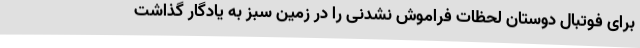
برای فوتبال دوستان لحظات فراموش نشدنی را در زمین سبز به یادگار گذاشت